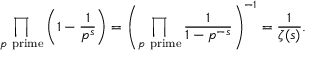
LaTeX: \prod _ { p { \mathrm { ~ p r i m e } } } \left( 1 - { \frac { 1 } { p ^ { s } } } \right) = \left( \prod _ { p { \mathrm { ~ p r i m e } } } { \frac { 1 } { 1 - p ^ { - s } } } \right) ^ { - 1 } = { \frac { 1 } { \zeta ( s ) } } .